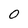
Character: 0